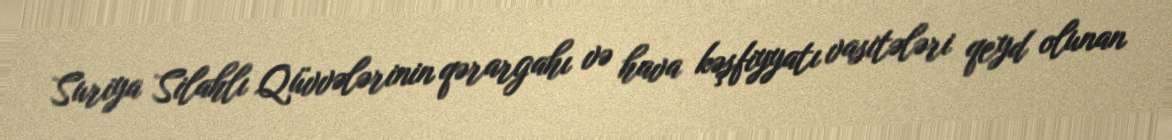
Suriya Silahlı Qüvvələrinin qərargahı və hava kəşfiyyatı vasitələri qeyd olunan